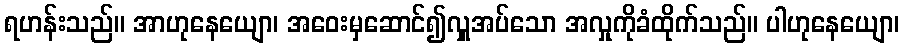
ရဟန်းသည်။ အာဟုနေယျော၊ အဝေးမှဆောင်၍လှူအပ်သော အလှုကိုခံထိုက်သည်။ ပါဟုနေယျော၊